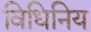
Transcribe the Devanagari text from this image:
विधिनिय